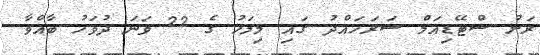
ރަށު ސްޓޭޑިއަމް ސަރަހައްދު ގައި މިމަހު ގެ 22 ވަނަ ދުވަހު ބާއްވާ